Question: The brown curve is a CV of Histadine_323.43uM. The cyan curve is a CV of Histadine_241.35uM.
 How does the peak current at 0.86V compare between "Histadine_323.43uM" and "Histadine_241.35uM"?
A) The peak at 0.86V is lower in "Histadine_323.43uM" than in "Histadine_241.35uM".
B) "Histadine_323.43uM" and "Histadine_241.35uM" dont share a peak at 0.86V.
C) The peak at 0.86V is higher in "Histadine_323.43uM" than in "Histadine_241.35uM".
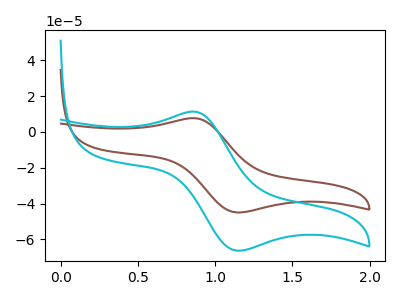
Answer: <think>The brown curve "Histadine_323.43uM" has an anodic peak at (0.85V, 7.65uA) and a cathodic peak at (1.15V, -44.95uA). The cyan curve "Histadine_241.35uM" has an anodic peak at (0.85V, 11.30uA) and a cathodic peak at (1.15V, -66.25uA).</think>
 <answer>A) The peak at 0.86V is lower in "Histadine_323.43uM" than in "Histadine_241.35uM".</answer>
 <eval>A</eval>